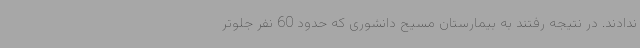
ندادند. در نتیجه رفتند به بیمارستان مسیح دانشوری که حدود 60 نفر جلوتر